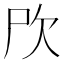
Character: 𣢁